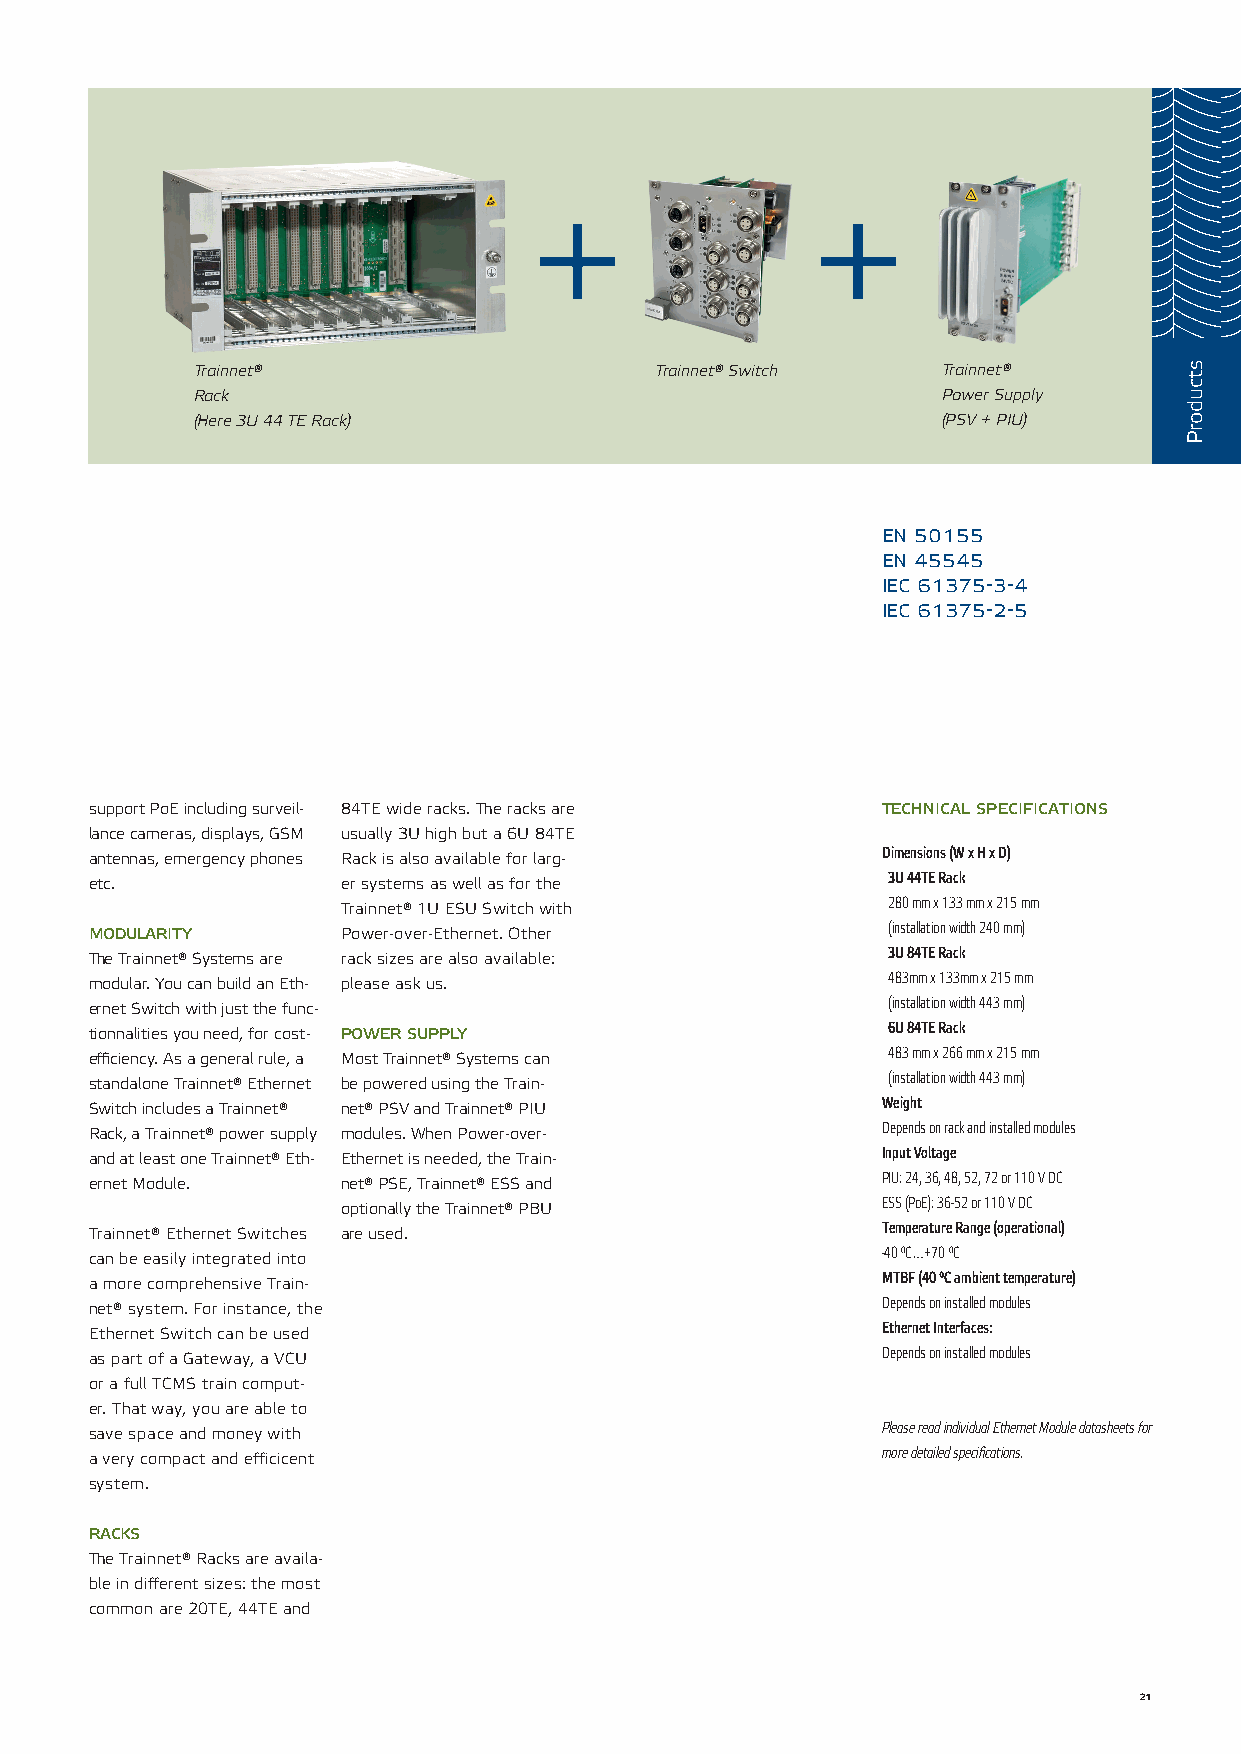
=                                  +                  +
 Trainnet®                     Trainnet® Switch   Trainnet®
 Rack                                             Power Supply
 (Here 3U 44 TE Rack)                             (PSV + PIU)
 en 50155
 en 45545
 iec 61375-3-4
 iec 61375-2-5
 support PoE including surveil- 84TE wide racks. The racks are technical specifications
 lance cameras, displays, GSM usually 3U high but a 6U 84TE
 antennas, emergency phones Rack is also available for larg- Dimensions (W x H x D)
 etc.             er systems as well as for the       3U 44TE Rack
 Trainnet® 1U ESU Switch with        280 mm x 133 mm x 215 mm
 modularity       Power-over-Ethernet. Other          (installation width 240 mm)
 The Trainnet® Systems are rack sizes are also available: 3U 84TE Rack
 modular. You can build an Eth- please ask us.        483mm x 133mm x 215 mm
 ernet Switch with just the func-                     (installation width 443 mm)
 tionnalities you need, for cost- power supply        6U 84TE Rack
 efficiency. As a general rule, a Most Trainnet® Systems can 483 mm x 266 mm x 215 mm
 standalone Trainnet® Ethernet be powered using the Train- (installation width 443 mm)
 Switch includes a Trainnet® net® PSV and Trainnet® PIU Weight
 Rack, a Trainnet® power supply modules. When Power-over- Depends on rack and installed modules
 and at least one Trainnet® Eth- Ethernet is needed, the Train- Input Voltage
 ernet Module.    net® PSE, Trainnet® ESS and        PIU: 24, 36, 48, 52, 72 or 110 V DC
 optionally the Trainnet® PBU       ESS (PoE): 36-52 or 110 V DC
 Trainnet® Ethernet Switches are used.               Temperature Range (operational)
 can be easily integrated into                       -40 °C…+70 °C
 a more comprehensive Train-                         MTBF (40 ºC ambient temperature)
 net® system. For instance, the                      Depends on installed modules
 Ethernet Switch can be used                         Ethernet Interfaces:
 as part of a Gateway, a VCU                         Depends on installed modules
 or a full TCMS train comput-
 er. That way, you are able to
 save space and money with                           Please read individual Ethernet Module datasheets for
 a very compact and efficicent                       more detailed specifications.
 system.
 racks
 The Trainnet® Racks are availa-
 ble in different sizes: the most
 common are 20TE, 44TE and
 21
 stcudorP